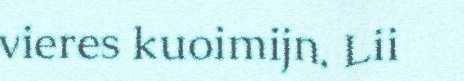
vieres kuoimijn. Lii